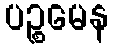
ပဉ္စမေန